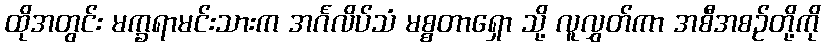
ထိုအတွင်း မက္ခရာမင်းသားက အင်္ဂလိပ်သံ မစ္စတာရှော သို့ လူလွှတ်ကာ အစီအစဉ်တို့ကို